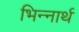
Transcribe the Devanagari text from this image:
भिन्नार्थ